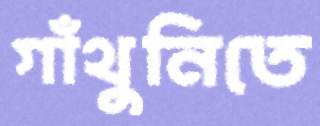
গাঁথুনিতে